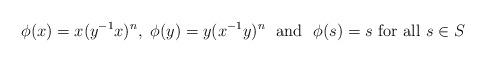
LaTeX: \begin{align*}\phi(x)=x(y^{-1}x)^n, \ \phi(y)=y(x^{-1}y)^n \ \mbox{ and } \ \phi(s)=s \ \mbox{for all $s\in S$}\end{align*}